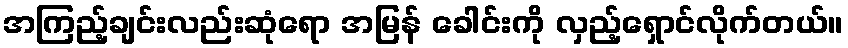
အကြည့်ချင်းလည်းဆုံရော အမြန် ခေါင်းကို လှည့်ရှောင်လိုက်တယ်။